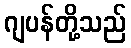
ဂျပန်တို့သည်